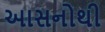
આસનોથી